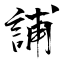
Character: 誧